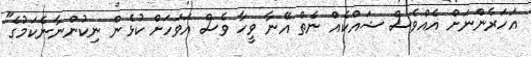
އަހަރެންނަށް އެއްވެސް ޝައްކެއް ނެތް އޭނާ ވީހާ ވެސް އަވަހަށް ކުޅެން ނިކުންނާނެކަމުގެ"